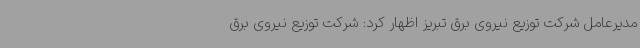
مدیرعامل شرکت توزیع نیروی برق تبریز اظهار کرد: شرکت توزیع نیروی برق